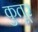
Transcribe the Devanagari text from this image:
कुतूर